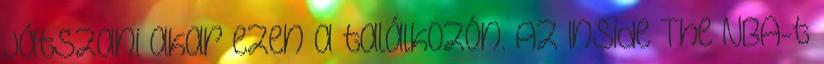
játszani akar ezen a találkozón. Az Inside The NBA-t